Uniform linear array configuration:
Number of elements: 16
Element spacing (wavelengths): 1
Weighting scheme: kaiser
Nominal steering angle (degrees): -45
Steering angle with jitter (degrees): -44.725
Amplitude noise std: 0.05
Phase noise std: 0.05

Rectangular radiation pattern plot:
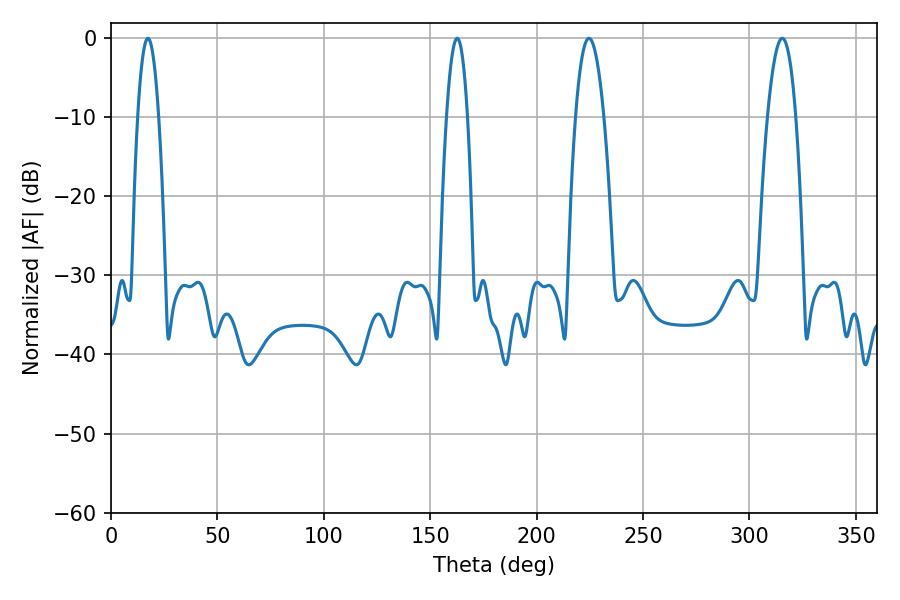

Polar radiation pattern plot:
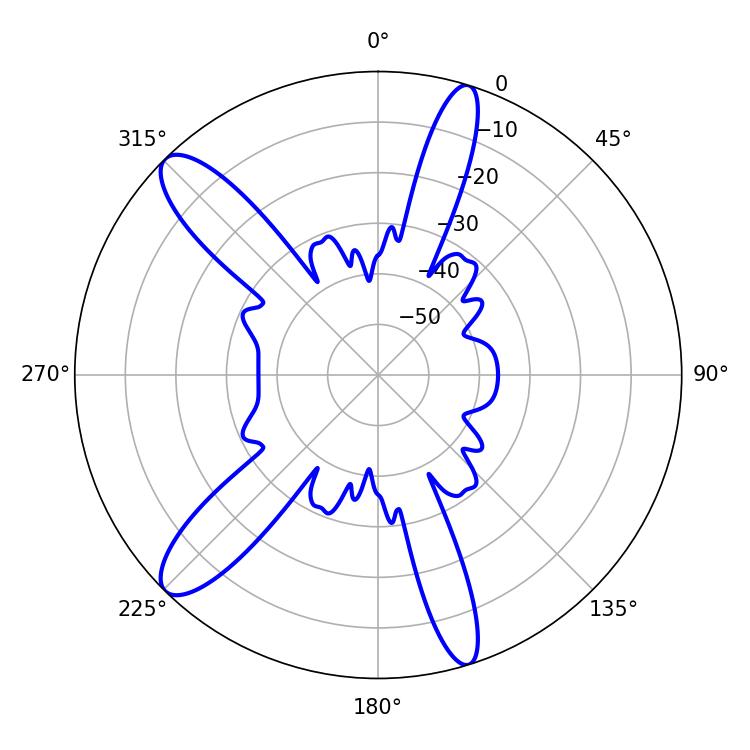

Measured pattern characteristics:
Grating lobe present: TRUE
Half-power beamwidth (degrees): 7.38
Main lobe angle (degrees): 224.64